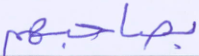
بصاحبهم